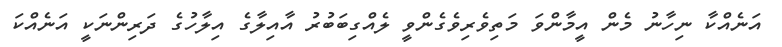
އަނެއްކާ ނިހާނު މެން އީމާންވަ މަތިވެރިވެގެންވީ ލެއްގިބަބުރު އާއިލާގެ އިލާހުގެ ދަރިންނަކީ އަނެއްކަ